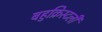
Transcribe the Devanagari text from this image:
बहुक्रिस्टली